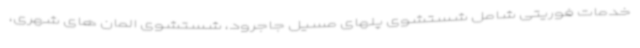
خدمات فوریتی شامل شستشوی پلهای مسیل جاجرود، شستشوی المان های شهری،